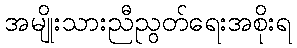
အမျိုးသားညီညွတ်ရေးအစိုးရ